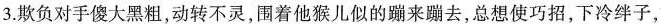
3.欺负对手傻大黑粗，动转不灵，围着他猴儿似的蹦来蹦去，总想使巧招，下冷绊子，